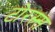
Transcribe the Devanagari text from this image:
टोरस्र्स